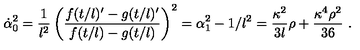
\dot { \alpha } _ { 0 } ^ { 2 } = \frac { 1 } { l ^ { 2 } } \left( \frac { f ( t / l ) ^ { \prime } - g ( t / l ) ^ { \prime } } { f ( t / l ) - g ( t / l ) } \right) ^ { 2 } = \alpha _ { 1 } ^ { 2 } - 1 / l ^ { 2 } = \frac { \kappa ^ { 2 } } { 3 l } \rho + \frac { \kappa ^ { 4 } \rho ^ { 2 } } { 3 6 } \ .